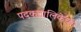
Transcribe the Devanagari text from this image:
पदकतालिकेच्या